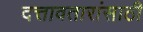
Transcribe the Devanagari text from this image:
दत्तावतारांसाठी